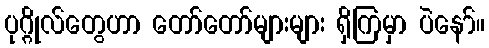
ပုဂ္ဂိုလ်တွေဟာ တော်တော်များများ ရှိကြမှာ ပဲနော်။